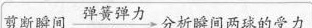
剪断瞬间 弹簧弹力 分析瞬间两球的受力